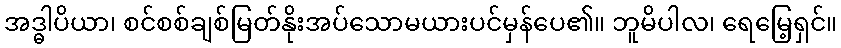
အဒ္ဓါပိယာ၊ စင်စစ်ချစ်မြတ်နိုးအပ်သောမယားပင်မှန်ပေ၏။ ဘူမိပါလ၊ ရေမြေ့ရှင်။